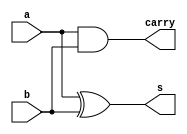
module half_adder_d(a,b,s,carry);
input a,b;
output s,carry;

assign s=a^b;
assign carry=a&b;
endmodule